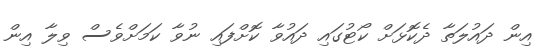
އިން ދައުލަތާ ދެކޮޅަށް ކޯޓުގައި ދައުވާ ކޮށްފައި ނުވާ ކަމަށްވެސް ވިލާ އިން